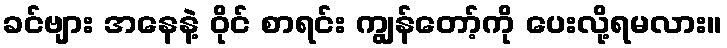
ခင်ဗျား အနေနဲ့ ဝိုင် စာရင်း ကျွန်တော့်ကို ပေးလို့ရမလား။